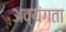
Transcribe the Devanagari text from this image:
अव्यंगता